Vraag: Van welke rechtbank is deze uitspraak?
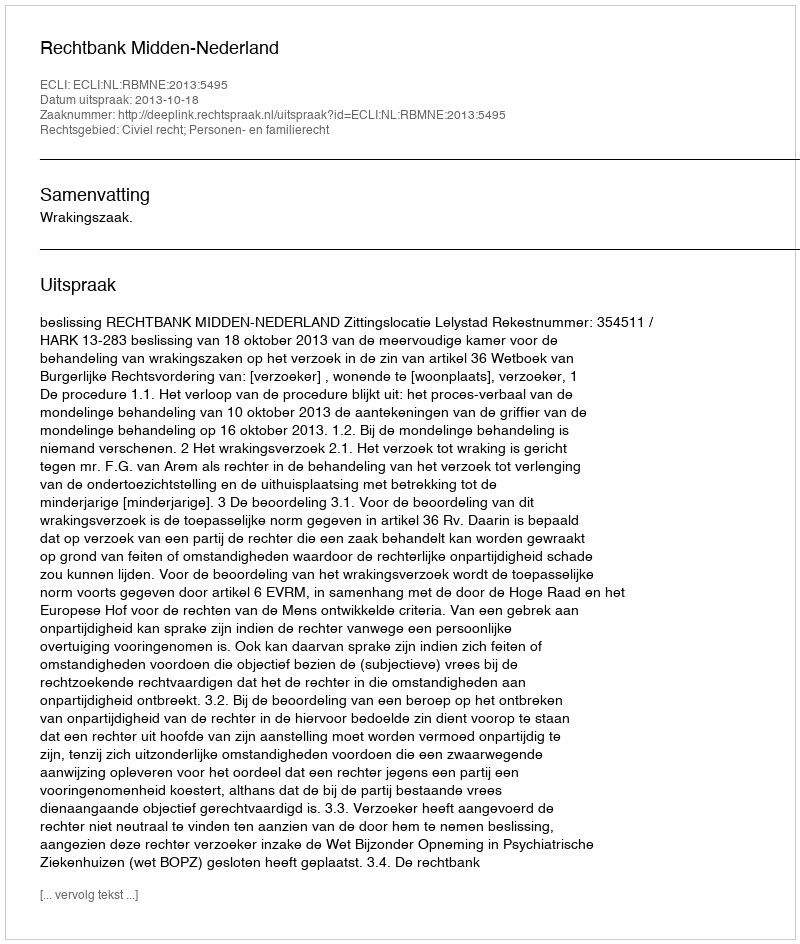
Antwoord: Rechtbank Midden-Nederland